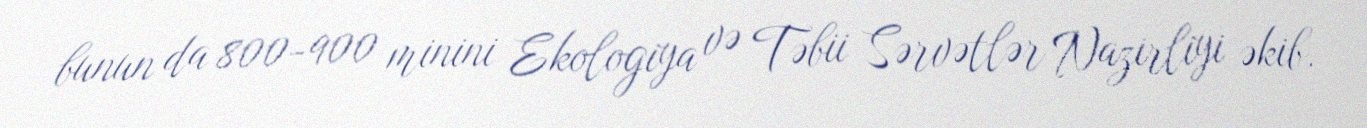
bunun da 800-900 minini Ekologiya və Təbii Sərvətlər Nazirliyi əkib.